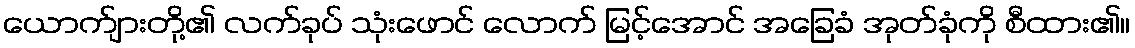
ယောက်ျားတို့၏ လက်ခုပ် သုံးဖောင် လောက် မြင့်အောင် အခြေခံ အုတ်ခုံကို စီထား၏။